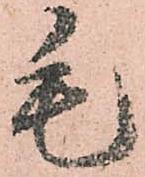
毛